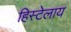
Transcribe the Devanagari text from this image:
हिस्टेलाय